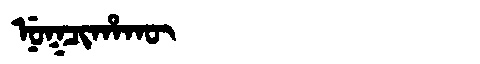
Manchu: ᠨᡠᡴᠴᡳᡥᠠᡴᡡ
Romanization: NUKCIHAKŪ